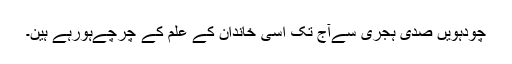
چودہویں صدی ہجری سےآج تک اسی خاندان کے علم کے چرچےہورہے ہین۔